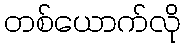
တစ်ယောက်လို